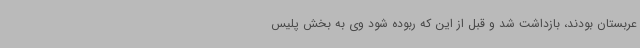
عربستان بودند، بازداشت شد و قبل از این که ربوده شود وی به بخش پلیس